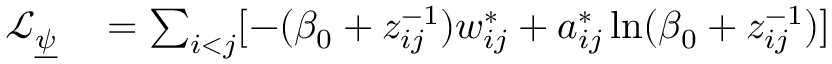
\begin{array} { r l } { \mathcal { L } _ { \underline { { \psi } } } } & { { } = \sum _ { i < j } [ - ( \beta _ { 0 } + z _ { i j } ^ { - 1 } ) w _ { i j } ^ { * } + a _ { i j } ^ { * } \ln ( \beta _ { 0 } + z _ { i j } ^ { - 1 } ) ] } \end{array}